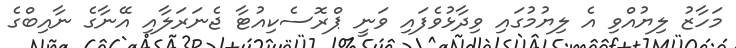
މަހާޒު ލިޔުއްވި އެ ލިޔުމުގައި ވިދާޅުވެފައި ވަނީ ޕްރޮސެކިއުޓާ ޖެނަރަލާއި އޭނާގެ ނާއިބްގެ